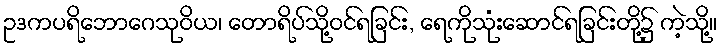
ဥဒကပရိဘောဂေသုဝိယ၊ တောရိပ်သို့ဝင်ရခြင်း, ရေကိုသုံးဆောင်ရခြင်းတို့၌ ကဲ့သို့။